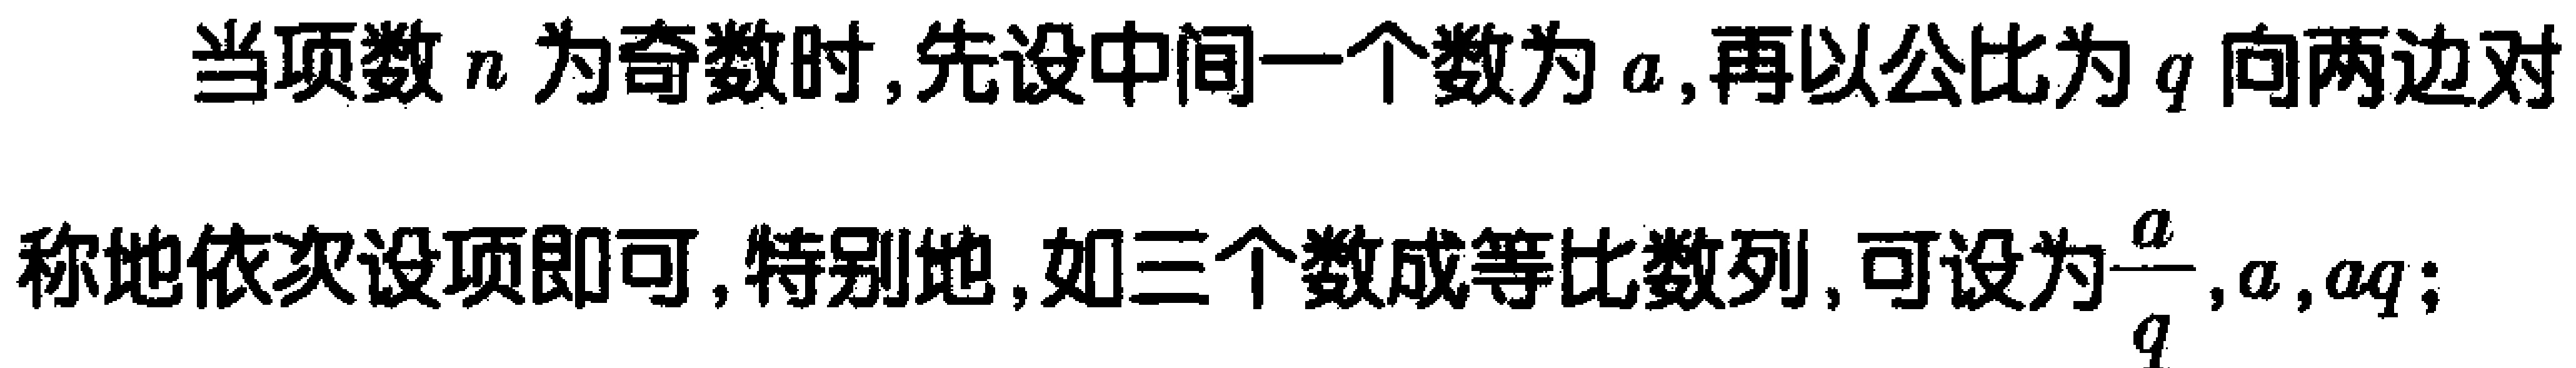
当项数\(n\)为奇数时,先设中间一个数为\(a\),再以公比为\(q\)向两边对称地依次设项即可,特别地,如三个数成等比数列,可设为\(\frac{a}{q},a,aq\);